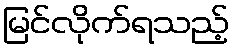
မြင်လိုက်ရသည့်